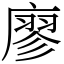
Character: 廖